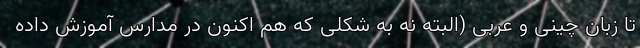
تا زبان چینی و عربی (البته نه به شکلی که هم اکنون در مدارس آموزش داده